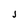
Character: J